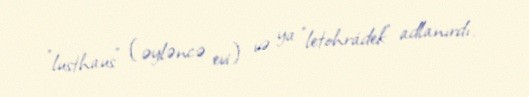
"lusthaus" (əyləncə evi) və ya "letohrádek" adlanırdı.